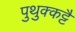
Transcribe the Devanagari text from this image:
पुथुक्कट्टै